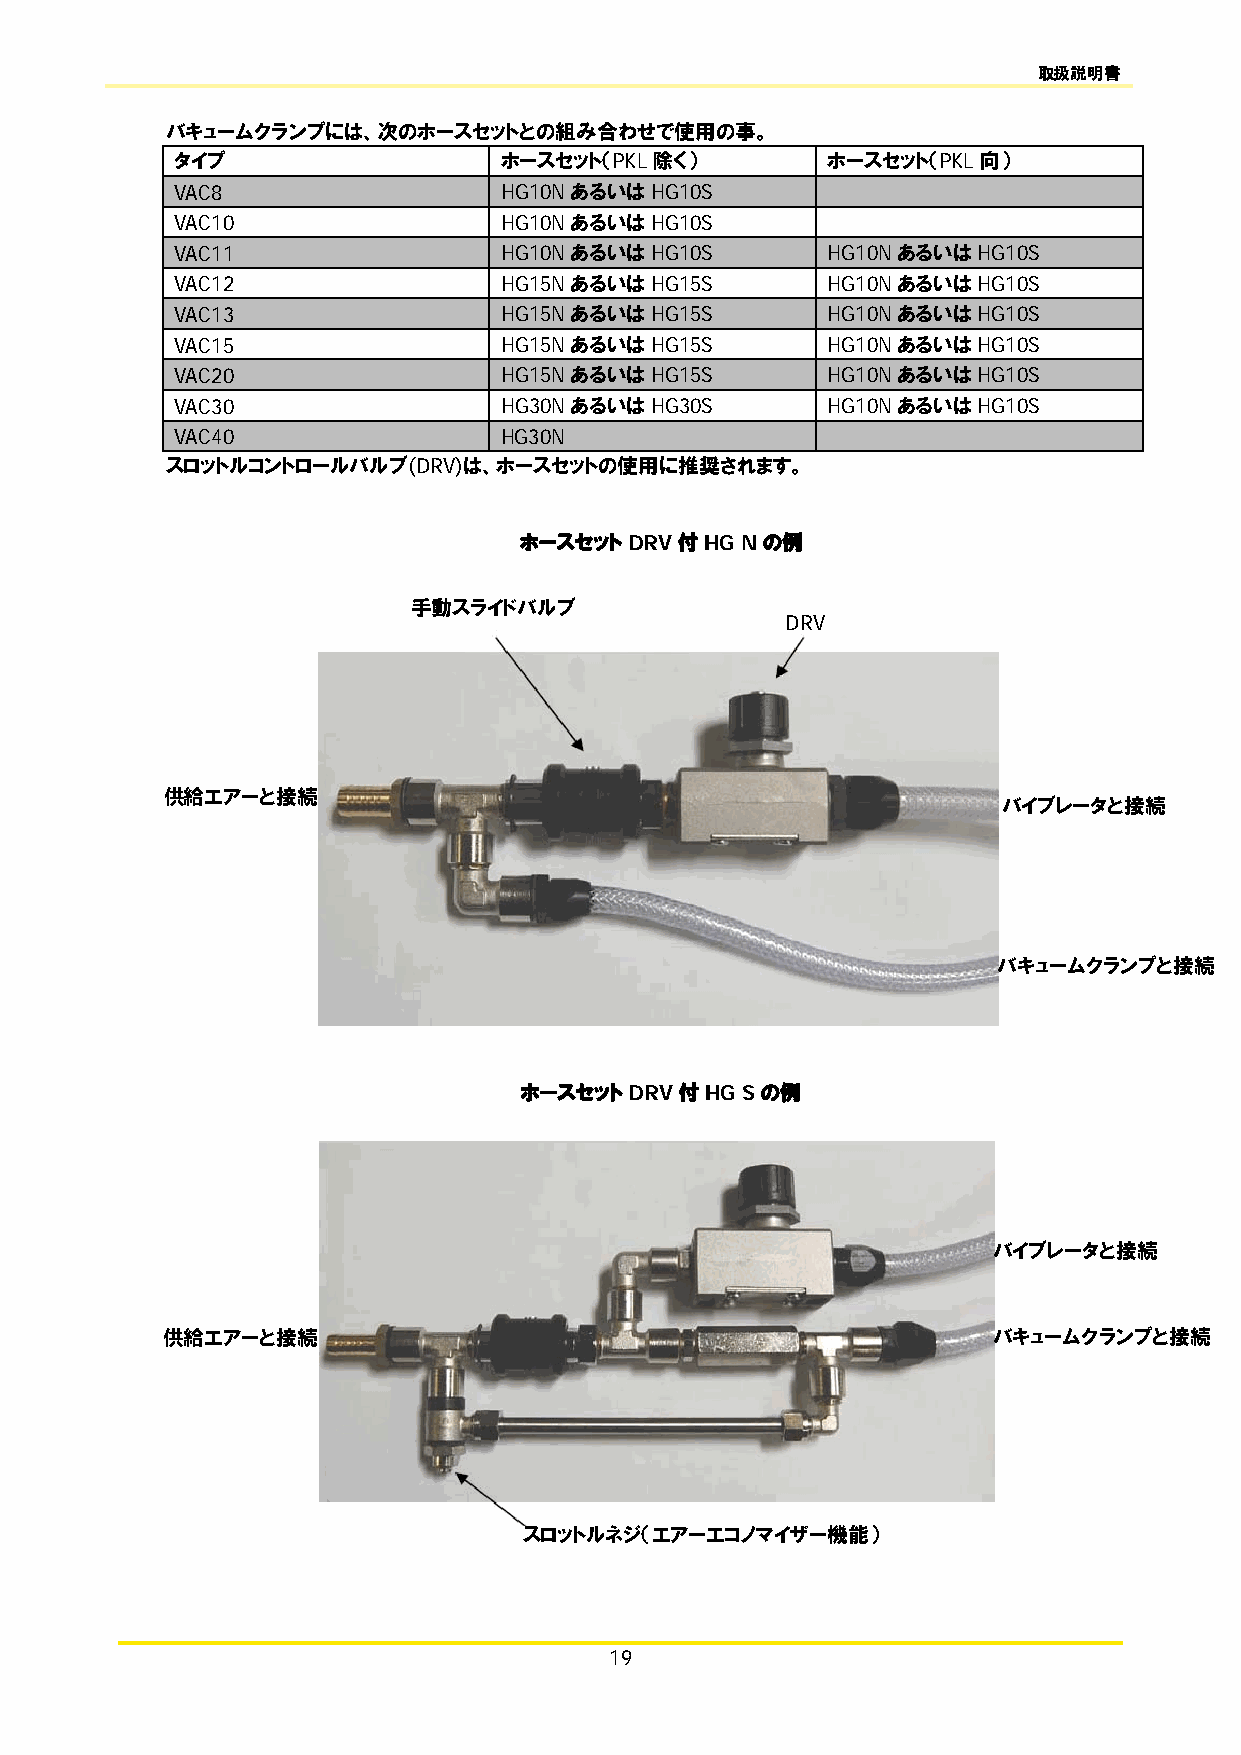
取扱説明書
 バキュームクランプには、次のホースセットとの組み合わせで使用の事。
 タイプ                  ホースセット（PKL除く）         ホースセット（PKL向）
 VAC8                 HG10NあるいはHG10S
 VAC10                HG10NあるいはHG10S
 VAC11                HG10NあるいはHG10S        HG10NあるいはHG10S
 VAC12                HG15NあるいはHG15S        HG10NあるいはHG10S
 VAC13                HG15NあるいはHG15S        HG10NあるいはHG10S
 VAC15                HG15NあるいはHG15S        HG10NあるいはHG10S
 VAC20                HG15NあるいはHG15S        HG10NあるいはHG10S
 VAC30                HG30NあるいはHG30S        HG10NあるいはHG10S
 VAC40                HG30N
 スロットルコントロールバルブ(DRV)は、ホースセットの使用に推奨されます。
 ホースセットDRV付HG   Nの例
 手動スライドバルブ
 DRV
 供 給エアーと接続
 バイブレータと接続
 バキュームクランプと接続
 ホースセットDRV付HG   Sの例
 バイブレータと接続
 供給エアーと接続                                               バキュームクランプと接続
 スロットルネジ（エアーエコノマイザー機能）
 19